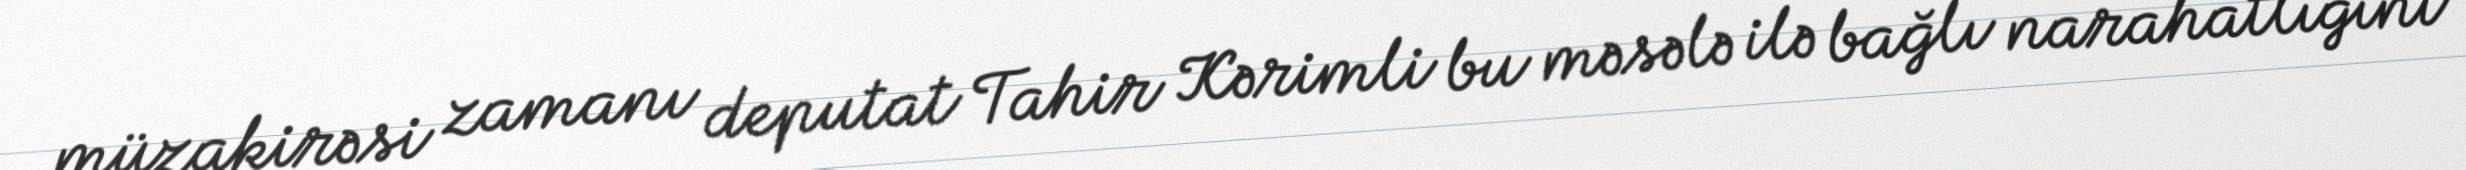
müzakirəsi zamanı deputat Tahir Kərimli bu məsələ ilə bağlı narahatlığını